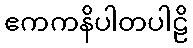
ဧကကနိပါတပါဠိ